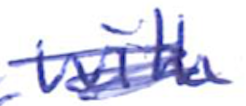
Text: with
Cross-out: scratch
Writing tool: ballpoint